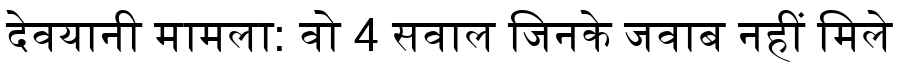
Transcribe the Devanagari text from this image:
देवयानी मामला: वो 4 सवाल जिनके जवाब नहीं मिले